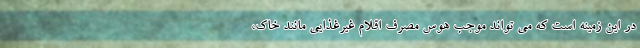
در این زمینه است که می تواند موجب هوس مصرف اقلام غیرغذایی مانند خاک،